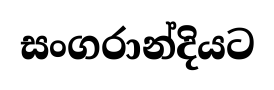
සංගරාන්දියට